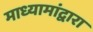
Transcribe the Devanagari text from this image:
माध्यामांद्वारा